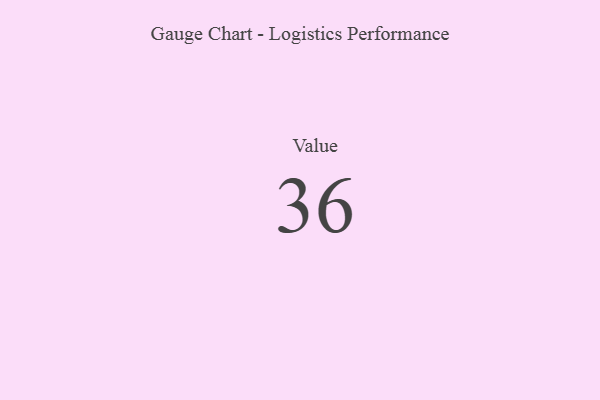
{"axis": {"x": "Metric", "y": "Value"}, "legend": [""], "data": [{"x": "Value", "y": 36, "type": ""}]}